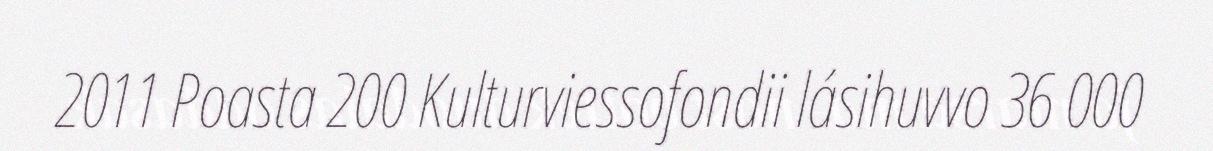
2011 Poasta 200 Kulturviessofondii lásihuvvo 36 000